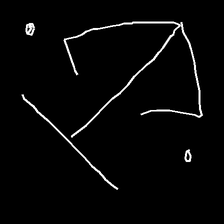
Glyph: earth